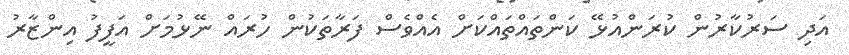
އަދި ސަރުކާރުން ކުރަންއުޅޭ ކަންތައްތައްކަށް އެއްވެސް ފަރާތަކުން ހުރައް ނޭޅުމަށް އަފީފު އިންޒާރު